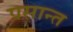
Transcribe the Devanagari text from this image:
प्रसान्त